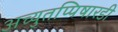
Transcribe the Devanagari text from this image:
अच्युतप्पिषारडी